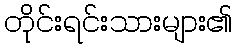
တိုင်းရင်းသားများ၏